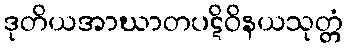
ဒုတိယအာဃာတပဋိဝိနယသုတ္တံ